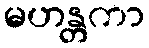
မဟန္တကာ